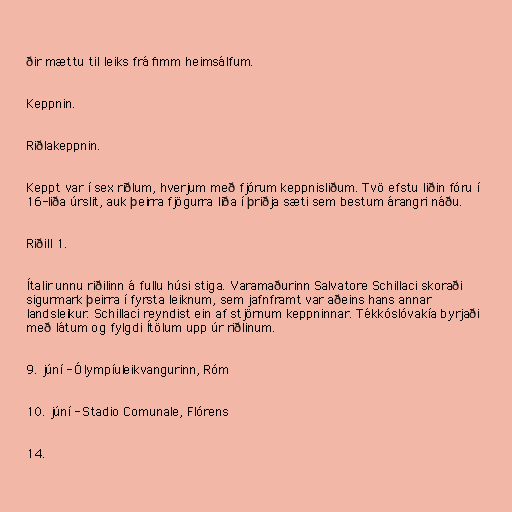
ðir mættu til leiks frá fimm heimsálfum.

Keppnin.

Riðlakeppnin.

Keppt var í sex riðlum, hverjum með fjórum keppnisliðum. Tvö efstu liðin fóru í
16-liða úrslit, auk þeirra fjögurra liða í þriðja sæti sem bestum árangri náðu.

Riðill 1.

Ítalir unnu riðilinn á fullu húsi stiga. Varamaðurinn Salvatore Schillaci skoraði
sigurmark þeirra í fyrsta leiknum, sem jafnframt var aðeins hans annar
landsleikur. Schillaci reyndist ein af stjörnum keppninnar. Tékkóslóvakía byrjaði
með látum og fylgdi Ítölum upp úr riðlinum.

9. júní - Ólympíuleikvangurinn, Róm

10. júní - Stadio Comunale, Flórens

14.